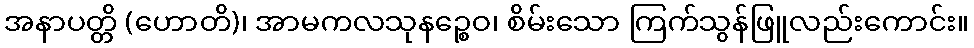
အနာပတ္တိ (ဟောတိ)၊ အာမကလသုနဉ္စေဝ၊ စိမ်းသော ကြက်သွန်ဖြူလည်းကောင်း။